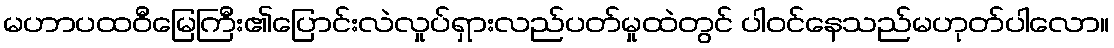
မဟာပထဝီမြေကြီး၏ပြောင်းလဲလှုပ်ရှားလည်ပတ်မှုထဲတွင် ပါဝင်နေသည်မဟုတ်ပါလော။